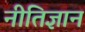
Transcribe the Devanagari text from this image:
नीतिज्ञान